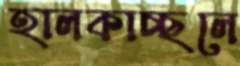
হালকাচ্ছলে